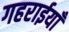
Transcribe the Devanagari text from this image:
गहराईयाँ